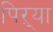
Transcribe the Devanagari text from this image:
पिऱ्या